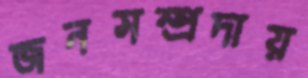
জনসম্প্রদায়